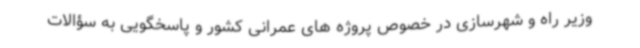
وزیر راه و شهرسازی در خصوص پروژه های عمرانی کشور و پاسخگویی به سؤالات